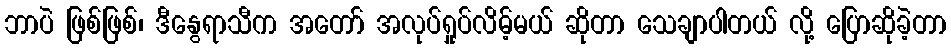
ဘာပဲ ဖြစ်ဖြစ်၊ ဒီနွေရာသီက အတော် အလုပ်ရှုပ်လိမ့်မယ် ဆိုတာ သေချာပါတယ် လို့ ပြောဆိုခဲ့တာ